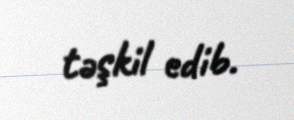
təşkil edib.